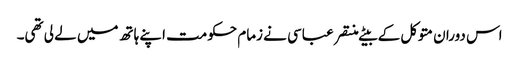
اس دوران متوکل کے بیٹے منتصر عباسی نے زمام حکومت اپنے ہاتھ میں لے لی تھی۔